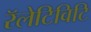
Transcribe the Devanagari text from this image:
रॅलेटिविटि